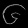
Digit: ၆